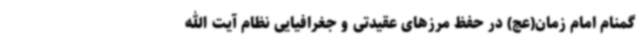
گمنام امام زمان(عج) در حفظ مرزهای عقیدتی و جغرافیایی نظام آیت الله